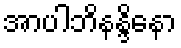
အာပါဘိနန္ဒိနော